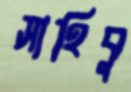
সাহিবু